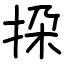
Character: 挅